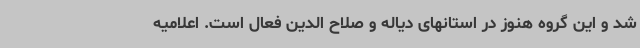
شد و این گروه هنوز در استانهای دیاله و صلاح الدین فعال است. اعلامیه